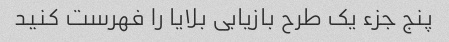
پنج جزء یک طرح بازیابی بلایا را فهرست کنید